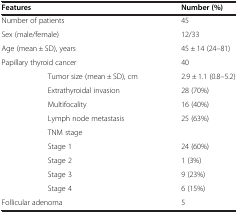
<table><thead><tr><td colspan="2"><b>Features</b></td><td><b>Number (%)</b></td></tr></thead><tbody><tr><td colspan="2">Number of patients</td><td>45</td></tr><tr><td colspan="2">Sex (male/female)</td><td>12/33</td></tr><tr><td colspan="2">Age (mean ± SD), years</td><td>45 ± 14 (24–81)</td></tr><tr><td colspan="2">Papillary thyroid cancer</td><td>40</td></tr><tr><td> </td><td>Tumor size (mean ± SD), cm</td><td>2.9 ± 1.1 (0.8–5.2)</td></tr><tr><td> </td><td>Extrathyroidal invasion</td><td>28 (70%)</td></tr><tr><td> </td><td>Multifocality</td><td>16 (40%)</td></tr><tr><td> </td><td>Lymph node metastasis</td><td>25 (63%)</td></tr><tr><td> </td><td>TNM stage</td><td> </td></tr><tr><td> </td><td>Stage 1</td><td>24 (60%)</td></tr><tr><td> </td><td>Stage 2</td><td>1 (3%)</td></tr><tr><td> </td><td>Stage 3</td><td>9 (23%)</td></tr><tr><td> </td><td>Stage 4</td><td>6 (15%)</td></tr><tr><td colspan="2">Follicular adenoma</td><td>5</td></tr></tbody></table>